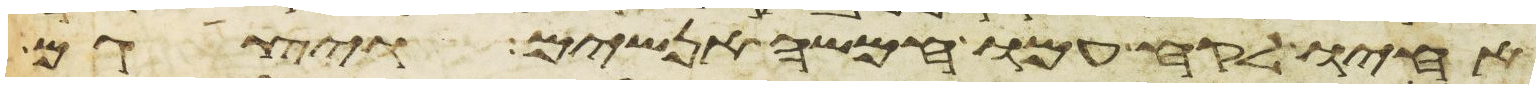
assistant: אחיו לקח עמו חמשה אנשים ויצגם